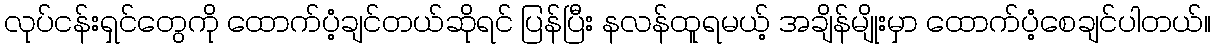
လုပ်ငန်းရှင်တွေကို ထောက်ပံ့ချင်တယ်ဆိုရင် ပြန်ပြီး နလန်ထူရမယ့် အချိန်မျိုးမှာ ထောက်ပံ့စေချင်ပါတယ်။